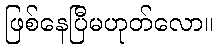
ဖြစ်နေပြီမဟုတ်လော။